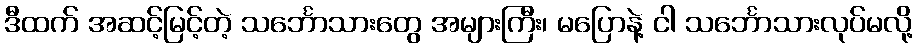
ဒီထက် အဆင့်မြင့်တဲ့ သင်္ဘောသားတွေ အများကြီး၊ မပြောနဲ့ ငါ သင်္ဘောသားလုပ်မလို့